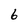
Character: 6